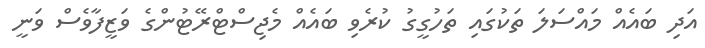
އަދި ބައެއް މައްސަލަ ތަކުގައި ތަހުގީގު ކުރެވި ބައެއް މެޖިސްޓްރޭޓުންގެ ވަޒީފާވެސް ވަނީ